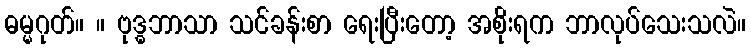
ဓမ္မဂုတ်။ ။ ဗုဒ္ဓဘာသာ သင်ခန်းစာ ရေးပြီးတော့ အစိုးရက ဘာလုပ်သေးသလဲ။